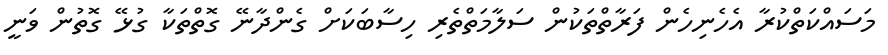
މަސައްކަތްކުރާ އެހެނިހެން ފަރާތްތަކުން ސަލާމަތްތެރި ހިސާބަކަށް ގެންދާނޭ ގޮތްތަކާ ގުޅޭ ގޮތުން ވަނީ